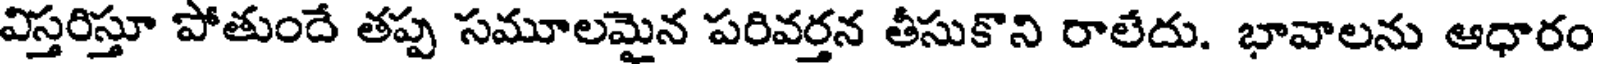
విస్తరిస్తూ పోతుందే తప్ప సమూలమైన పరివర్తన తీసుకొని రాలేదు. భావాలను ఆధారం